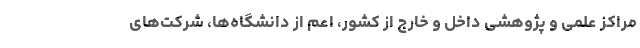
مراکز علمی و پژوهشی داخل و خارج از کشور، اعم از دانشگاه‌ها، شرکت‌های